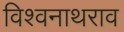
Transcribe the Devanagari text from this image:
विश्वनाथराव